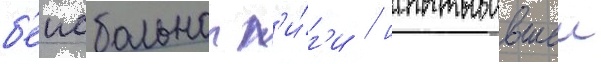
б'еисбольнои л'и́г'и / испытывавшеи